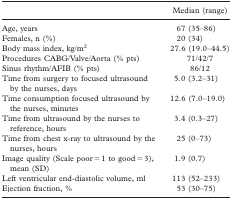
<table><thead><tr><td></td><td><b>Median (range)</b></td></tr></thead><tbody><tr><td>Age, years</td><td>67 (35–86)</td></tr><tr><td>Females, n (%)</td><td>20 (34)</td></tr><tr><td>Body mass index, kg/m<sup>2</sup></td><td>27.6 (19.0–44.5)</td></tr><tr><td>Procedures CABG/Valve/Aorta (% pts)</td><td>71/42/7</td></tr><tr><td>Sinus rhythm/AFIB (% pts)</td><td>86/12</td></tr><tr><td>Time from surgery to focused ultrasound by the nurses, days</td><td>5.0 (3.2–31)</td></tr><tr><td>Time consumption focused ultrasound by the nurses, minutes</td><td>12.6 (7.0–19.0)</td></tr><tr><td>Time from ultrasound by the nurses to reference, hours</td><td>3.4 (0.3–27)</td></tr><tr><td>Time from chest x-ray to ultrasound by the nurses, hours</td><td>25 (0–73)</td></tr><tr><td>Image quality (Scale poor = 1 to good = 3), mean (SD)</td><td>1.9 (0.7)</td></tr><tr><td>Left ventricular end-diastolic volume, ml</td><td>113 (52–233)</td></tr><tr><td>Ejection fraction, %</td><td>53 (30–75)</td></tr></tbody></table>